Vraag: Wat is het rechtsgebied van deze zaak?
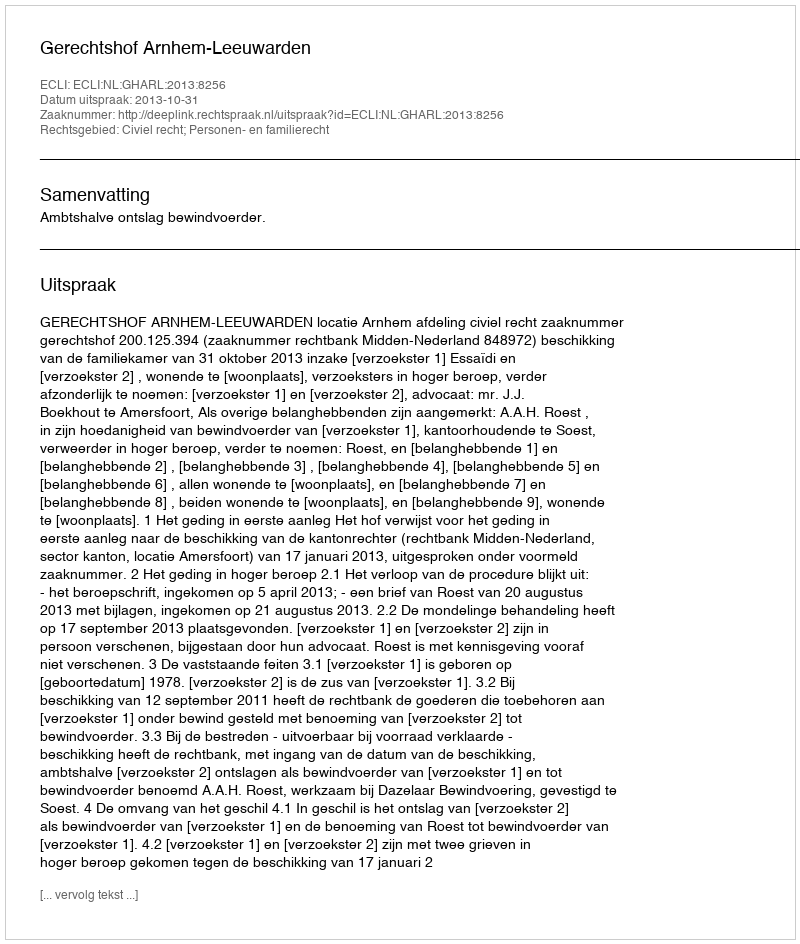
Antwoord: Civiel recht; Personen- en familierecht